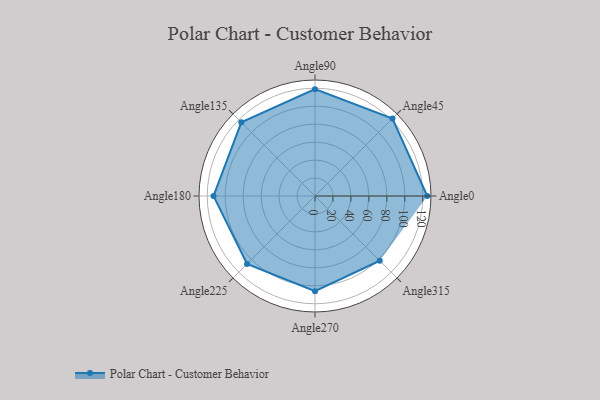
{"axis": {"x": "Angle", "y": "Radius"}, "legend": [""], "data": [{"x": "Angle0", "y": 125.0, "type": ""}, {"x": "Angle45", "y": 122.0, "type": ""}, {"x": "Angle90", "y": 119.0, "type": ""}, {"x": "Angle135", "y": 116.0, "type": ""}, {"x": "Angle180", "y": 113.0, "type": ""}, {"x": "Angle225", "y": 107.0, "type": ""}, {"x": "Angle270", "y": 106.0, "type": ""}, {"x": "Angle315", "y": 102.0, "type": ""}]}